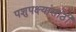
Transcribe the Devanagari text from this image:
पशुपक्ष्यांसाठी